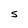
Character: S